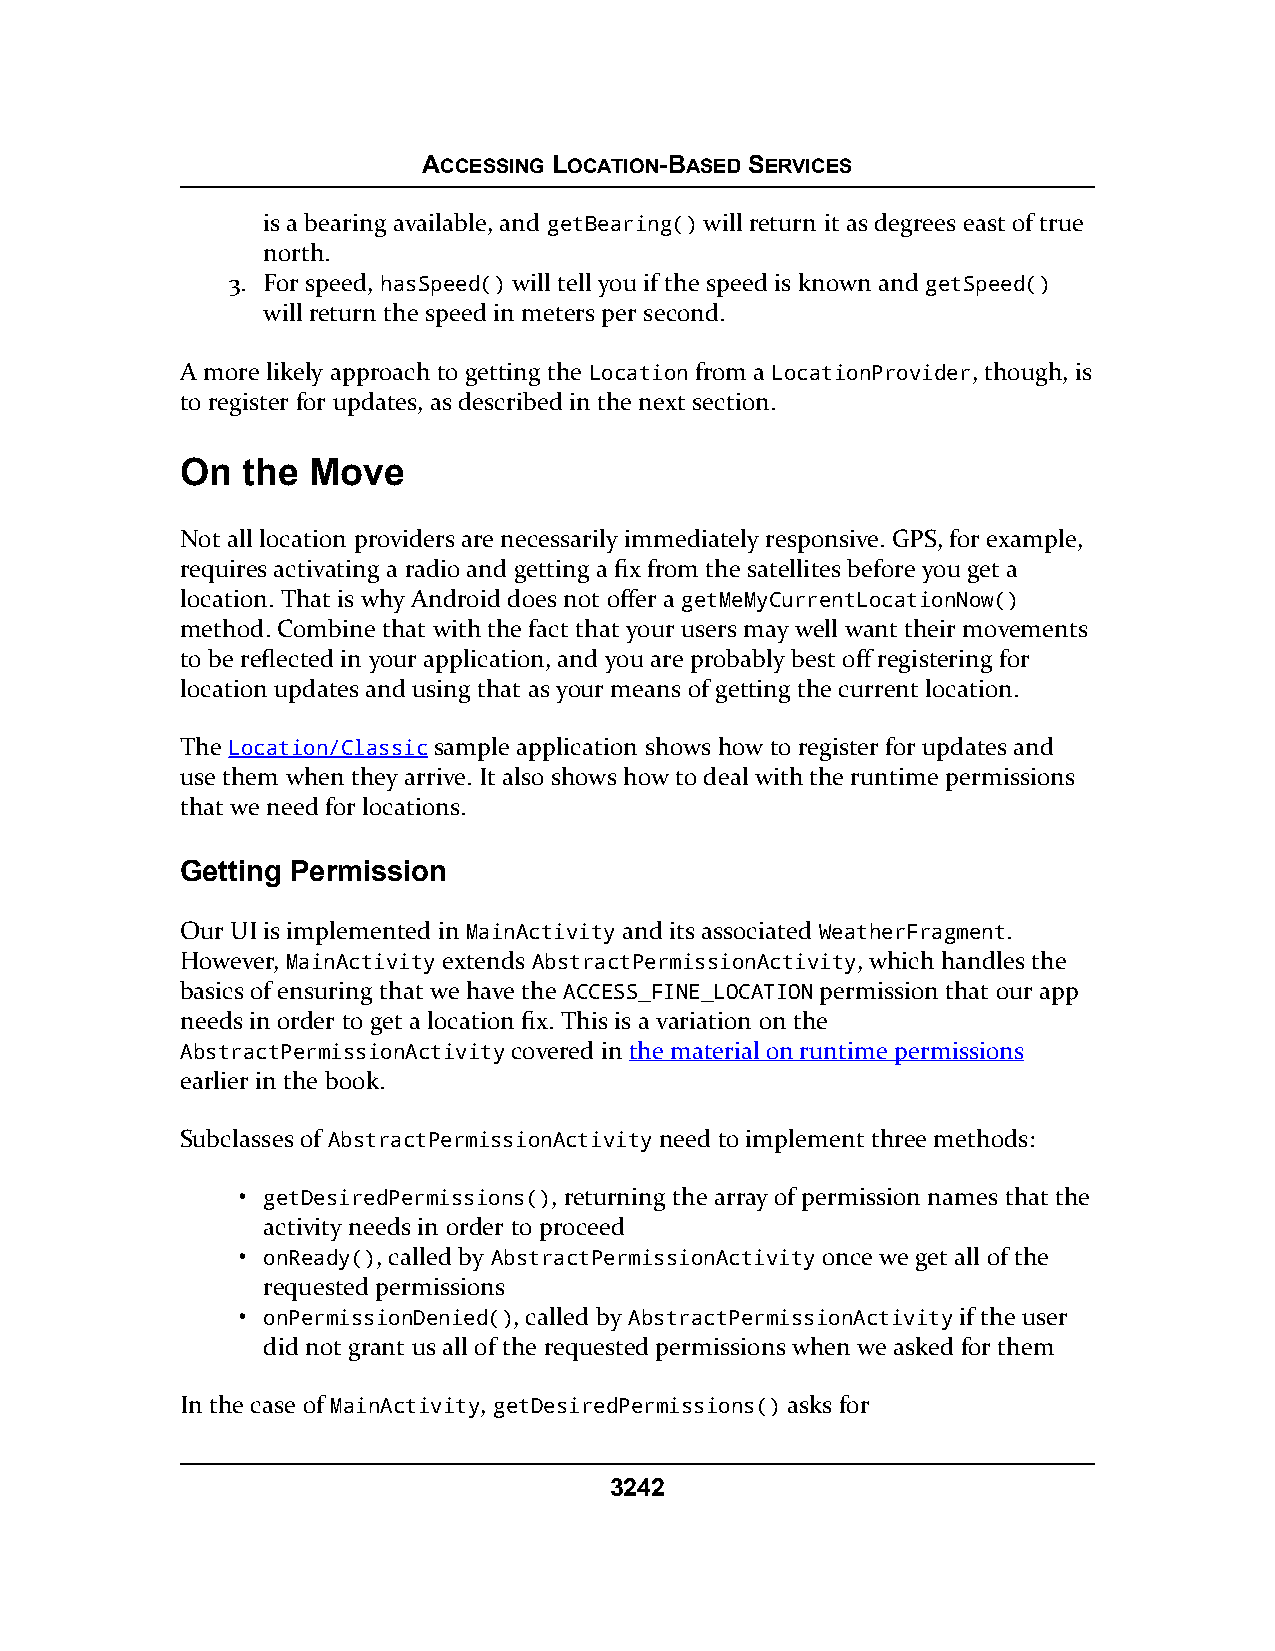
ACCESSING LOCATION-BASED SERVICES
 is a bearing available, and getBearing() will return it as degrees east of true
 north.
 3. For speed, hasSpeed() will tell you if the speed is known and getSpeed()
 will return the speed in meters per second.
 A more likely approach to getting the Location from a LocationProvider, though, is
 to register for updates, as described in the next section.
 On  the Move
 Not all location providers are necessarily immediately responsive. GPS, for example,
 requires activating a radio and getting a fix from the satellites before you get a
 location. That is why Android does not offer a getMeMyCurrentLocationNow()
 method. Combine that with the fact that your users may well want their movements
 to be reflected in your application, and you are probably best off registering for
 location updates and using that as your means of getting the current location.
 The Location/Classic sample application shows how to register for updates and
 use them when they arrive. It also shows how to deal with the runtime permissions
 that we need for locations.
 Getting Permission
 Our UI is implemented in MainActivity and its associated WeatherFragment.
 However, MainActivity extends AbstractPermissionActivity, which handles the
 basics of ensuring that we have the ACCESS_FINE_LOCATION permission that our app
 needs in order to get a location fix. This is a variation on the
 AbstractPermissionActivity covered in the material on runtime permissions
 earlier in the book.
 Subclasses of AbstractPermissionActivity need to implement three methods:
 • getDesiredPermissions(), returning the array of permission names that the
 activity needs in order to proceed
 • onReady(), called by AbstractPermissionActivity once we get all of the
 requested permissions
 • onPermissionDenied(), called by AbstractPermissionActivity if the user
 did not grant us all of the requested permissions when we asked for them
 In the case of MainActivity, getDesiredPermissions() asks for
 3242